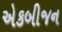
એકબીજન